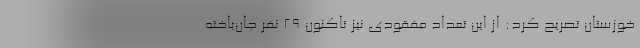
خوزستان تصریح کرد: از این تعداد مفقودی نیز تاکنون ۲۹ نفر جان‌باخته